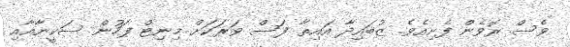
ވެސް ރޮވެން ފެށިއެވެ. ޒުބައިދާ އައިތާ ފަސް ވަރަކަށް މިނިޓް ފަހުން ސަކީނާއާއި